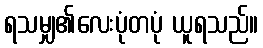
ရသမျှ၏လေးပုံတပုံ ယူရသည်။